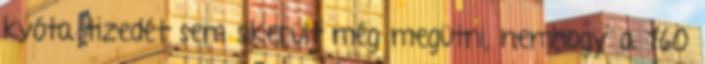
kvóta tizedét sem sikerült még megütni, nemhogy a 160